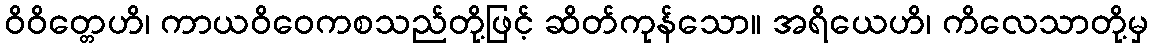
ဝိဝိတ္တေဟိ၊ ကာယဝိဝေကစသည်တို့ဖြင့် ဆိတ်ကုန်သော။ အရိယေဟိ၊ ကိလေသာတို့မှ